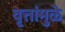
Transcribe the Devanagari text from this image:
वृत्तांमुळे